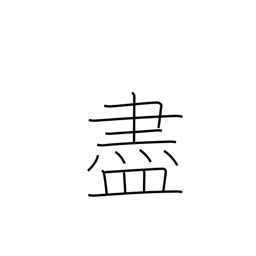
Meaning: befriend